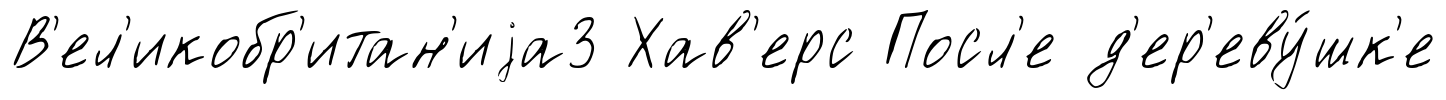
В'ел'икобр'итан'иjа3 Хав'ерс Посл'е д'ер'еву́шк'е